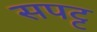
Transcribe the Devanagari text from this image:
सपट्ट